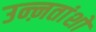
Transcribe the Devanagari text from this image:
उन्ऩतांशों